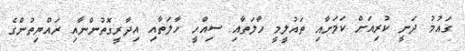
ގައުމު ދަނީ ކުރިއަށް ކަމަށާއި ތައުލީމީ ހާލަތާއި ސިއްހީ ހާލަތާއި އިދާރީގޮތުންނާއި ރައްޔިތުންގެ